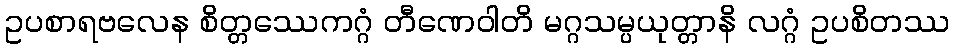
ဥပစာရဗလေန စိတ္တဿေကဂ္ဂံ တီဏေဝါတိ မဂ္ဂသမ္ပယုတ္တာနိ လဂ္ဂံ ဥပစိတဿ